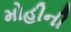
મોહીની